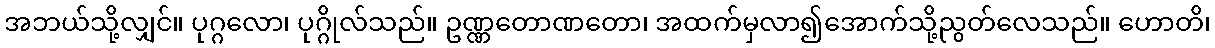
အဘယ်သို့လျှင်။ ပုဂ္ဂလော၊ ပုဂ္ဂိုလ်သည်။ ဥဏ္ဏတောဏတော၊ အထက်မှလာ၍အောက်သို့ညွတ်လေသည်။ ဟောတိ၊